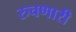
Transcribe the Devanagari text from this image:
रुचणारी